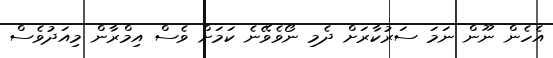
އެހެން ނޫން ނަމަ ސަރުކާރަށް ދެމި ނޯވެވޭނެ ކަމަށް ވެސް އިމްރާން މިއަދުވެސް